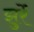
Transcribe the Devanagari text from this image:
झुर्रें